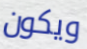
ويكون